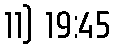
11) 19:45